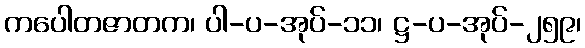
ကပေါတဇာတက၊ ပါ-ပ-အုပ်-၁၁၊ ဋ္ဌ-ပ-အုပ်-၂၅၉၊